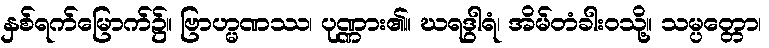
နှစ်ရက်မြောက်၌။ ဗြာဟ္မဏဿ၊ ပုဏ္ဏား၏။ ဃရဒွါရံ၊ အိမ်တံခါးဝသို့။ သမ္ပတ္တော၊